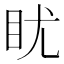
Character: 𪾡